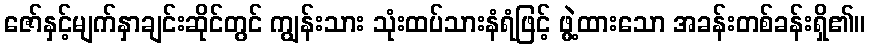
ဇော်နှင့်မျက်နှာချင်းဆိုင်တွင် ကျွန်းသား သုံးထပ်သားနံရံဖြင့် ဖွဲ့ထားသော အခန်းတစ်ခန်းရှိ၏။